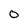
Character: O